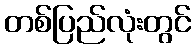
တစ်ပြည်လုံးတွင်